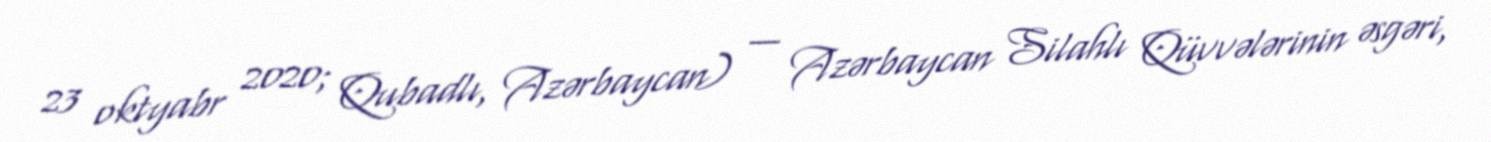
23 oktyabr 2020; Qubadlı, Azərbaycan) — Azərbaycan Silahlı Qüvvələrinin əsgəri,